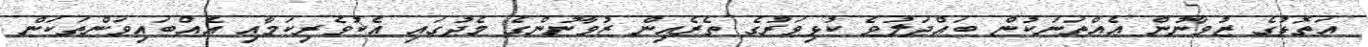
އަތޮޅުގެ ޒުވާނުން އެއްތަނަކުން ބައްދަލުވެ ކުޅިވަރުގެ ތެރެއިން ޒުވާނުންގެ މެދުގައި އެކުވެރިކަމާއި އެއްބައިވަންތަކަން